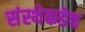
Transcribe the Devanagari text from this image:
संस्थेकडेच